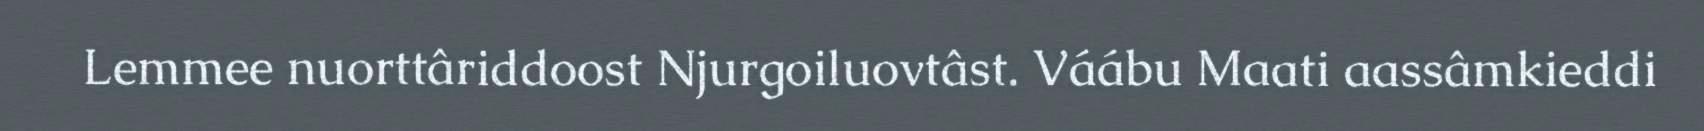
Lemmee nuorttâriddoost Njurgoiluovtâst. Váábu Maati aassâmkieddi